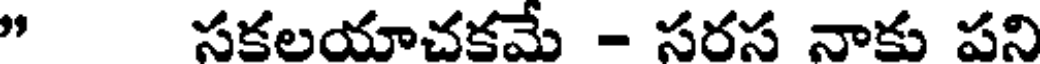
" సకలయాచకమే - సరస నాకు పని